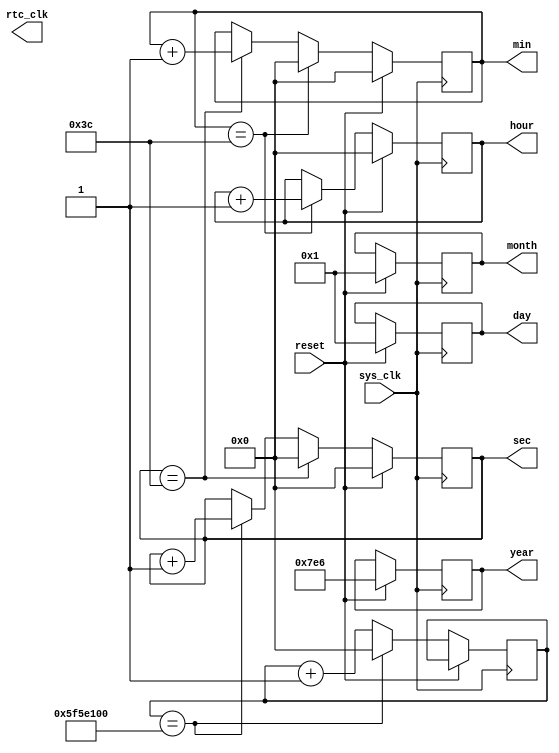
module rtc_timer (
    input wire sys_clk, // System clock input
    input wire reset,   // Reset input
    output wire rtc_clk,  // Real-time clock output
    output reg [31:0] sec, // Seconds counter
    output reg [31:0] min, // Minutes counter
    output reg [31:0] hour, // Hours counter
    output reg [31:0] day, // Day counter
    output reg [31:0] month, // Month counter
    output reg [31:0] year // Year counter
);

reg [31:0] rtc_sec_counter;
reg [31:0] rtc_min_counter;
reg [31:0] rtc_hour_counter;
reg [31:0] rtc_day_counter;
reg [31:0] rtc_month_counter;
reg [31:0] rtc_year_counter;

// Real-time clock module
always @(posedge sys_clk) begin
    if (reset) begin
        sec <= 0;
        min <= 0;
        hour <= 0;
        day <= 1;
        month <= 1;
        year <= 2022;
    end else begin
        rtc_sec_counter <= rtc_sec_counter + 1;
        if (rtc_sec_counter == 100000000) begin
            sec <= sec + 1;
            rtc_sec_counter <= 0;
        end
        
        if (sec == 60) begin
            sec <= 0;
            min <= min + 1;
        end
        
        if (min == 60) begin
            min <= 0;
            hour <= hour + 1;
        end
        
        // Additional logic for month, day, and year counters
    end
end

// Timer module

// Synchronization blocks

endmodule